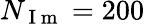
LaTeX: N_{\mathrm{~I~m~}}=200